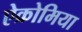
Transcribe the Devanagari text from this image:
ऐक्रोमिया